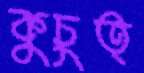
কুচুত্